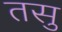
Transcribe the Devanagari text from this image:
तसु